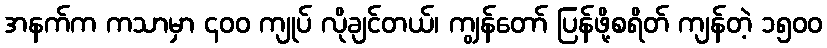
အနက်က ကသာမှာ ၄၀၀ ကျုပ် လိုချင်တယ်၊ ကျွန်တော် ပြန်ဖို့စရိတ် ကျန်တဲ့ ၁၅၀၀